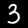
Label: 3